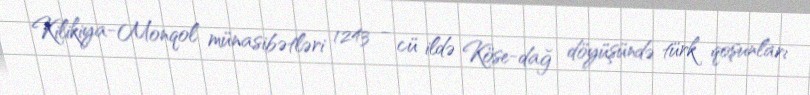
Kilikiya-Monqol münasibətləri 1243 - cü ildə Köse-dağ döyüşündə türk qoşunları